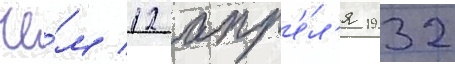
че́м 12 апр'е́л'я 1932